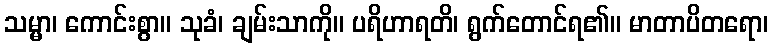
သမ္မာ၊ ကောင်းစွာ။ သုခံ၊ ချမ်းသာကို။ ပရိဟာရတိ၊ ရွက်တောင်ရ၏။ မာတာပိတရော၊